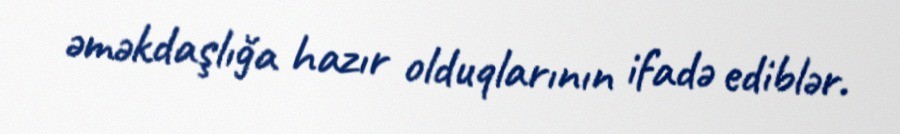
əməkdaşlığa hazır olduqlarının ifadə ediblər.